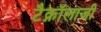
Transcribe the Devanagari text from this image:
टैक्नॉलाजी